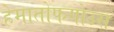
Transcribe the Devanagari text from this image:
हेमातोफगोउस